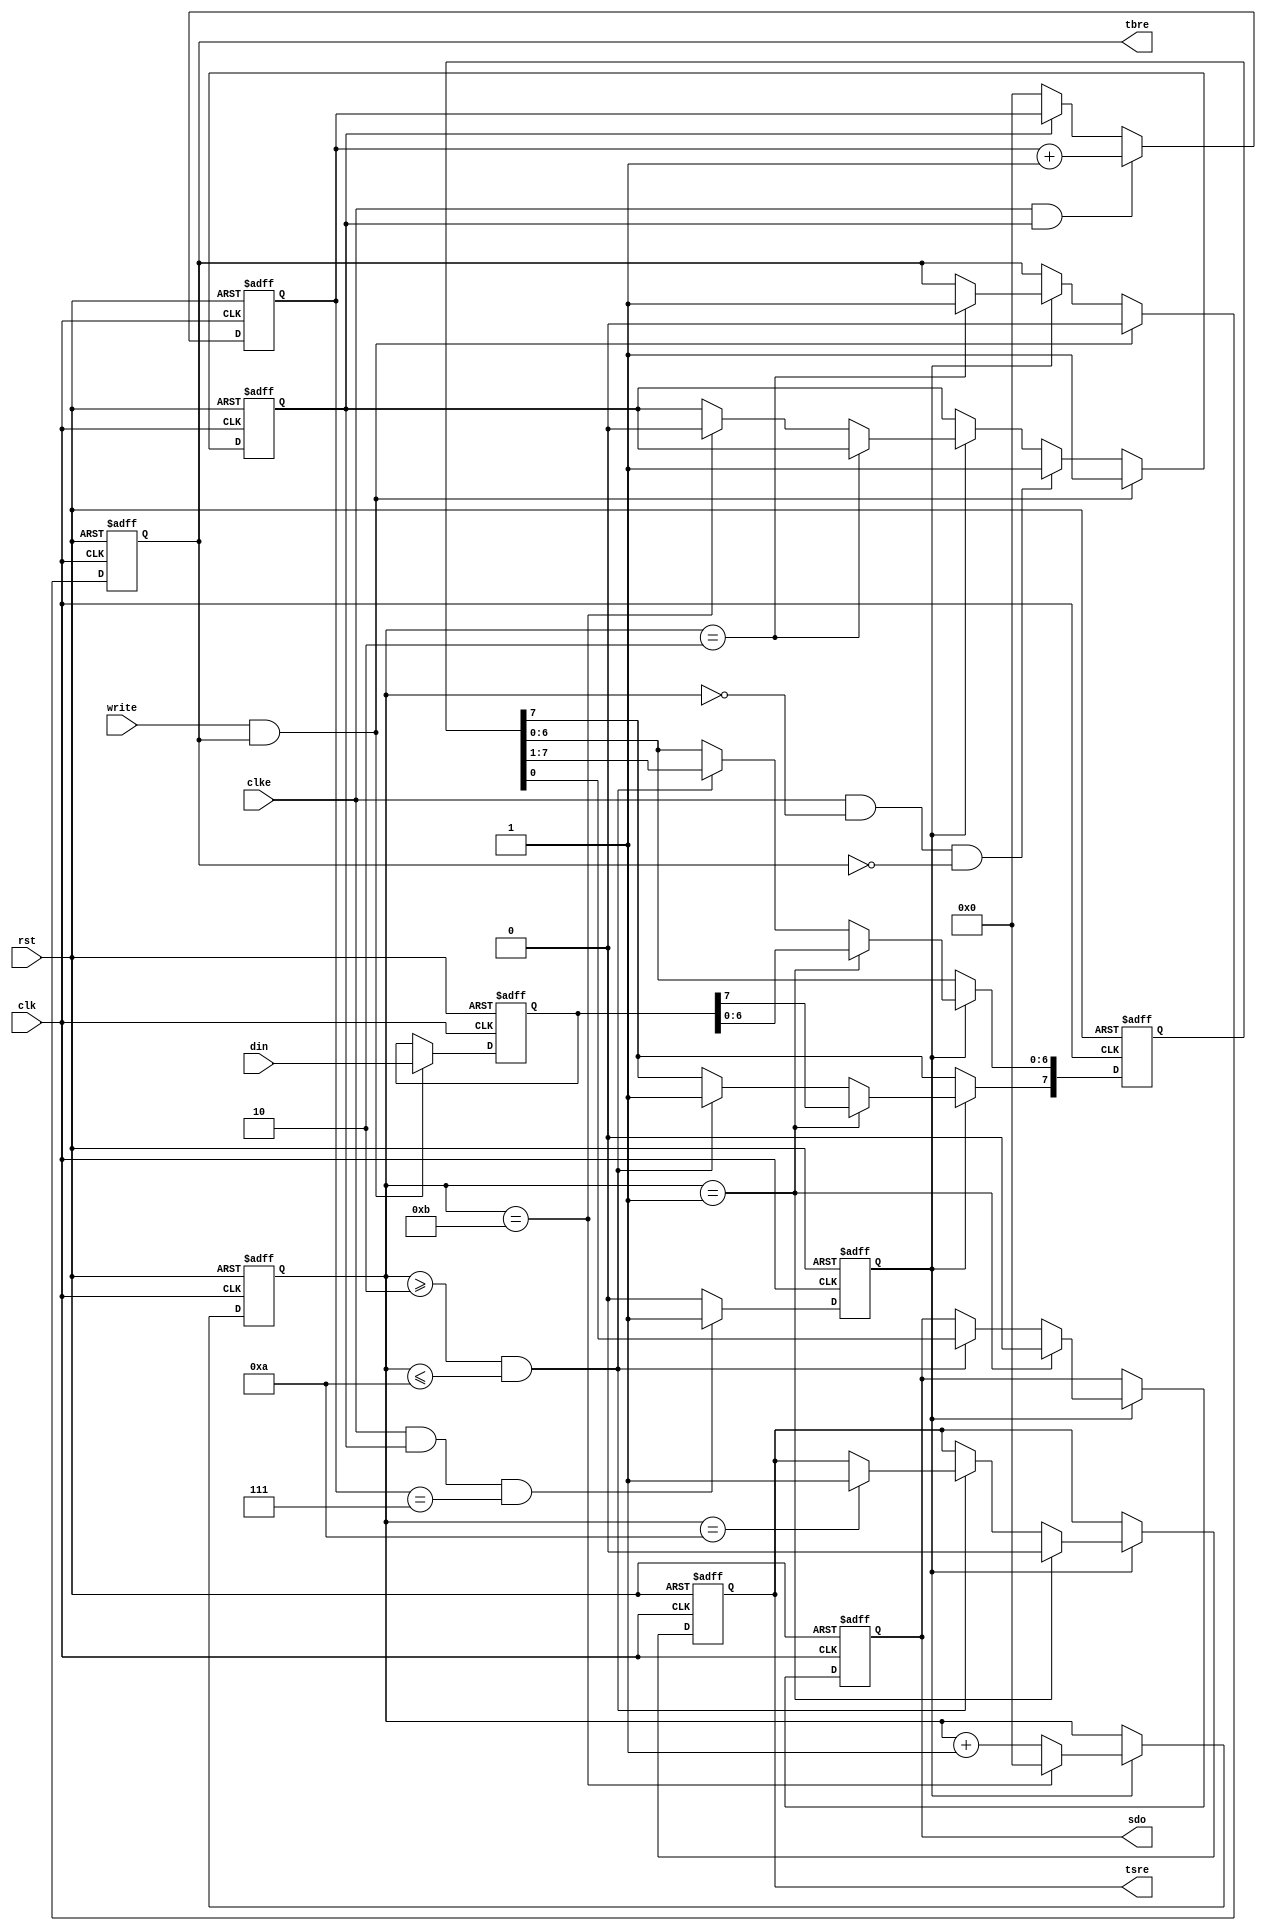
/*
    This file is part of Blue8.

    Foobar is free software: you can redistribute it and/or modify
    it under the terms of the GNU Lesser General Public License as published by
    the Free Software Foundation, either version 3 of the License, or
    (at your option) any later version.

    Foobar is distributed in the hope that it will be useful,
    but WITHOUT ANY WARRANTY; without even the implied warranty of
    MERCHANTABILITY or FITNESS FOR A PARTICULAR PURPOSE.  See the
    GNU Lesser General Public License for more details.

    You should have received a copy of the GNU Lesser General Public License
    along with Blue8.  If not, see <http://www.gnu.org/licenses/>.

    Blue8 by Al Williams alw@al-williams.com

*/

// Async transmitter -- Williams
`default_nettype none
			   
module txmit (input wire clk,input wire clke,input wire rst,output reg sdo,input wire [7:0] din,
output reg tbre,output reg tsre,input write);
//input clk;		// system clock
//input clke;		// 16x baud rate clock enable
//input rst;     // reset
//output sdo;    // output data
//output tbre;   // transmit buffer empty
//output tsre;   // transmit shift reg. empty
//input [7:0] din;	// data bus in
//input write;	// load tbr

reg clk1x_enable;  // 1x clock enable flag (character in progress)
reg [7:0] tsr;     // shift register
reg [7:0] tbr;		 // buffer register

reg[3:0] clkdiv;   // used to divide 16x clock to 1x clock
reg [3:0] no_bits_sent;  // track # of bits sent
reg clk1xe;        // 1x clock enable

always @(posedge clk or posedge rst)	  // manage data coming in from the system
begin
  if (rst)
  begin
    tbre<=1'b1;
	 clk1x_enable<=1'b0;
	 tbr=8'b0;
  end
  else 
  begin
    if (clk1xe)
	 begin
      if (no_bits_sent == 4'b0010) tbre<=1'b1; 		  // at count 2, tbr is empty again
      else if (no_bits_sent==4'b1011)  clk1x_enable<=1'b0;    // done!
    end
  if (clke & no_bits_sent==4'b0000 & ~tbre) clk1x_enable<=1'b1;  // send buffered
  if (write & tbre)  // if writing and buffer is empty, start process
  begin	
    clk1x_enable<=1'b1;  // start right away, unless already 1 at which point nop		
	 tbre<=1'b0;					   
	 tbr=din;
  end
  end
 end		   
 

always @(posedge clk or posedge rst)		 // generate 1x rate clock
begin
if (rst)
  clkdiv = 4'b0; 
else if (clke && clk1x_enable)
  clkdiv = clkdiv + 1;
else if (~clk1x_enable) clkdiv=4'b0;
end

always @(posedge clk or posedge rst)		// generate 1x clock enable
begin
 if (rst) clk1xe=1'b0;
 else
   if (clke & clk1x_enable & clkdiv==4'b0111) clk1xe=1'b1; else clk1xe=1'b0;
end


always @(posedge clk or posedge rst)	// main state machine
if (rst)
begin
sdo <= 1'b1;
tsre <= 1'b1;
tsr <= 9'b0;
end
  else if (clk1xe)
  begin
    if (no_bits_sent == 4'b0001)  // start, so load shift register
    begin
      tsr[7:0] <= tbr;
		sdo<=1'b0;   // start bit
      tsre <= 1'b0;
    end
    else if ((no_bits_sent >= 4'b0010) && (no_bits_sent <= 4'b1010))
    begin
      tsr[6:0] <= tsr[7:1];
      tsr[7] <= 1'b1;	    // shift in stop bits
      sdo <= tsr[0];
	   if (no_bits_sent==4'b1010) tsre<=1'b1;	// last bit, shift reg empty just stop bit
    end
end

always @(posedge clk or posedge rst)	 // manage the # of bits sent
begin
  if (rst) 
    no_bits_sent = 4'b0000;
  else if (clk1xe)
    begin
    if (no_bits_sent==4'b1011)
      no_bits_sent = 4'b0000;
    else
      no_bits_sent = no_bits_sent + 1; 
    end
end

endmodule